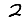
Digit: 2